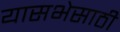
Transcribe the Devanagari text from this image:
यासभेसाठी